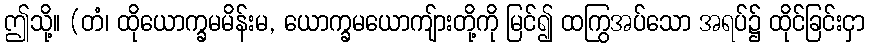
ဤသို့။ (တံ၊ ထိုယောက္ခမမိန်းမ, ယောက္ခမယောကျ်ားတို့ကို မြင်၍ ထကြွအပ်သော အရပ်၌ ထိုင်ခြင်းငှာ